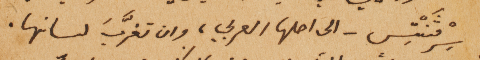
سِرْفَنْتِس – الى اصلها العربي، وان تغرَّبَ لسانها.